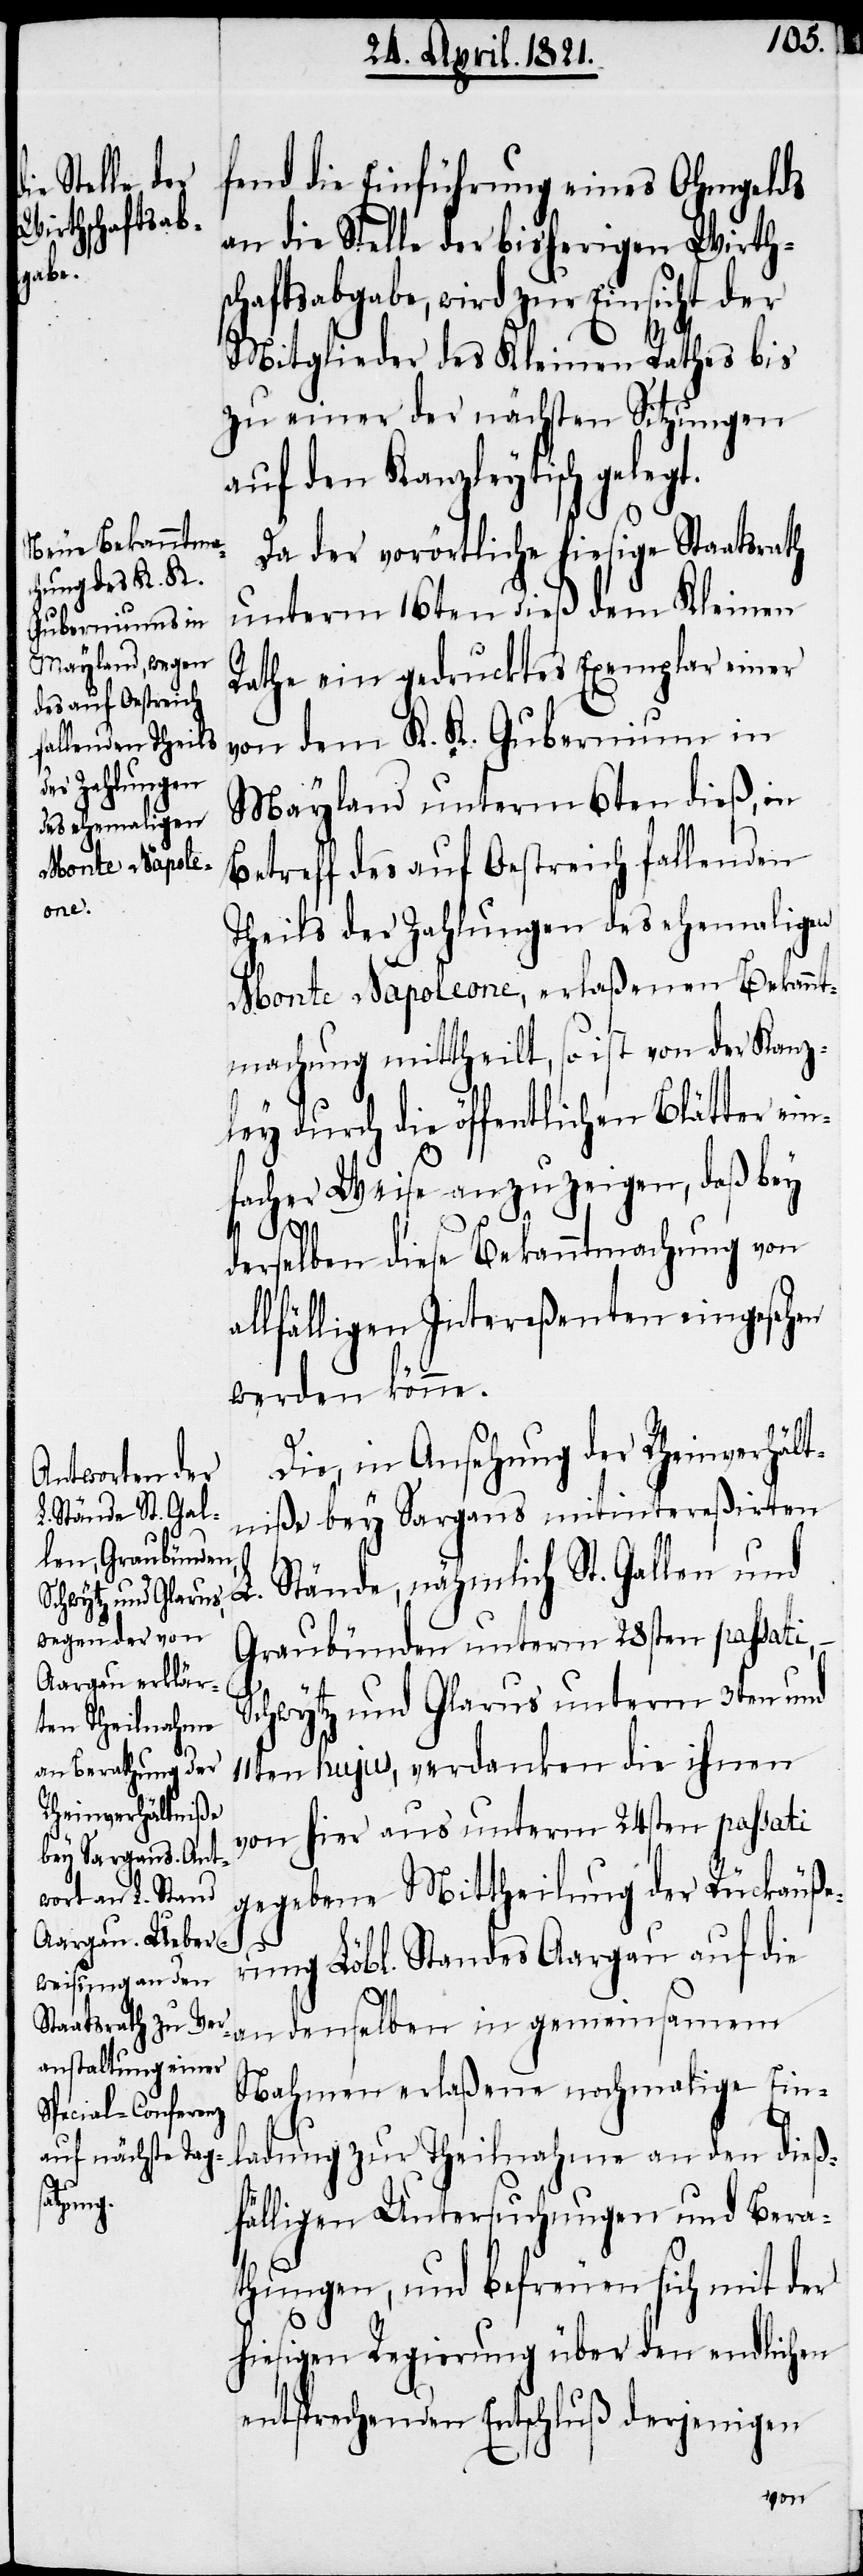
fend die Einführung eines Ohmgelds
an die Stelle der bisherigen Wirth¬
schaftsabgabe, wird zur Einsicht der
Mitglieder des Kleinen Rathes bis
zu einer der nächsten Sitzungen
auf den Rathstisch gelegt.
Da der vorörtliche hiesige Staatsrath
unterm 16ten dieß dem Kleinen
Rathe ein gedrucktes Exemplar einer
von dem K. K. Gubernium in
denselben in
Mayland unterm 6ten dieß, in
Betreff des auf Oestreich fallenden
Theils der Zahlungen des ehemaligen
Monte Napoleone, erlaßenen Bekannt¬
machung mittheilt, so ist von der Kanz¬
ley durch die öffentlichen Blätter ein¬
facher Weise anzuzeigen, daß bey
derselben diese Bekanntmachung von
allfälligen Intereßenten eingesehen
werden könne.
Die, in Ansehung der Rheinverhält¬
niße bey Sargans mitintereßirten
Stände, nähmlich St. Gallen und
L.
Graubünden unterm 28sten passati,
Schwytz und Glarus unterm 3ten und
11ten hujus, verdanken die ihnen
von hier aus unterm 24sten passati
gegebene Mittheilung der Rückäuße¬
rung Löbl. Standes Aargau auf die
Nahmen erlaßene nochmalige Ein¬
ladung zur Theilnahme an den dieß¬
fälligen Untersuchungen und Bera¬
thungen, und befreuen sich mit der
hiesigen Regierung über den endlichen
entsprechenden Entschluß derjenigen